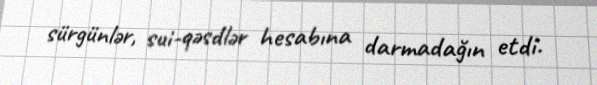
sürgünlər, sui-qəsdlər hesabına darmadağın etdi.